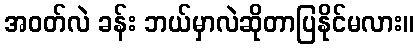
အဝတ်လဲ ခန်း ဘယ်မှာလဲဆိုတာပြနိုင်မလား။